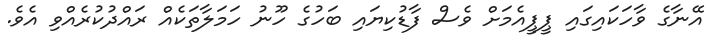
އޭނާގެ ވާހަކައިގައި ޕީޕީއެމަށް ވެސް ފާޑުކިޔައި ބަހުގެ ހޫނު ހަމަލާތަކެއް ރައްދުކުރެއްވި އެވެ.